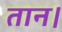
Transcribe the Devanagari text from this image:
तान।